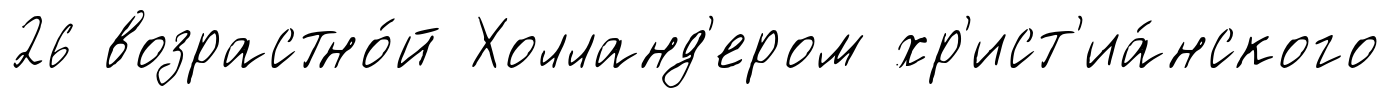
26 возрастно́й Холланд'ером хр'ист'иа́нского